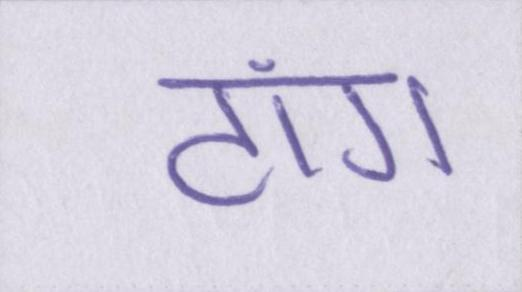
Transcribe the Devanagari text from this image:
टांग